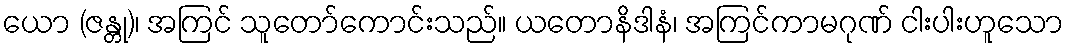
ယော (ဇန္တု)၊ အကြင် သူတော်ကောင်းသည်။ ယတောနိဒါနံ၊ အကြင်ကာမဂုဏ် ငါးပါးဟူသော